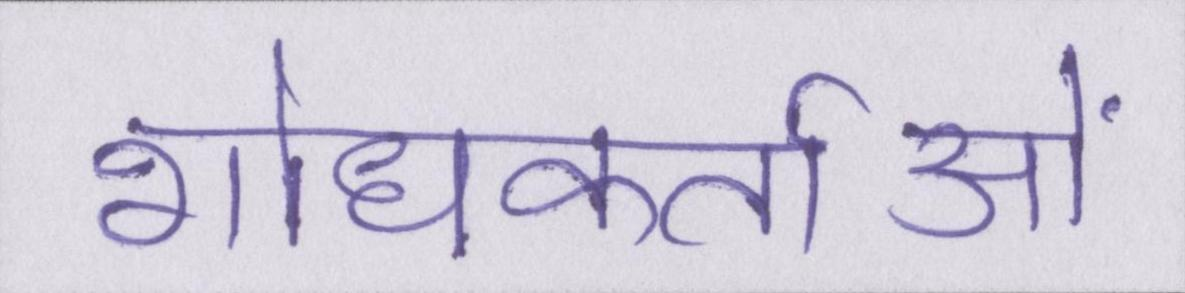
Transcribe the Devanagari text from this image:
शोधकर्ताओं